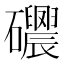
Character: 𥗰